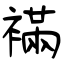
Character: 襔